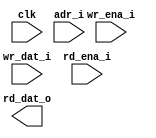
module ram_sp_384x32 (
  // global
  clk         ,
  // address
  adr_i       ,
  // write
  wr_ena_i    ,
  wr_dat_i    ,
  // read
  rd_ena_i    ,
  rd_dat_o
);

//*** PARAMETER ****************************************************************


//*** INPUT/OUTPUT *************************************************************

  // global
  input               clk         ;
  // address
  input  [9 -1 :0]    adr_i       ;
  // write
  input               wr_ena_i    ;
  input  [32-1 :0]    wr_dat_i    ;
  // read
  input               rd_ena_i    ;
  output [32-1 :0]    rd_dat_o    ;


//*** WIRE/REG *****************************************************************


//*** MAIN BODY ****************************************************************

  wire cen_w    = !(wr_ena_i || rd_ena_i) ;
  wire wr_ena_w = !wr_ena_i ;

`ifdef RTL_MODEL

  sram_sp_be_behave #(
    .ADR_WD    ( 9           ),
    .DAT_WD    ( 32          ),
    .COL_WD    ( 32          )
  ) sram_sp_be_behave(
    .clk       ( clk         ),
    .adr       ( adr_i       ),
    .wr_ena    ( wr_ena_i    ),
    .wr_dat    ( wr_dat_i    ),
    .rd_ena    ( rd_ena_i    ),
    .rd_dat    ( rd_dat_o    )
    );

`endif

`ifdef XM_MODEL 
  rfsphd_384x32 u_rfsphd_384x32(
      .Q      ( rd_dat_o          ), // output data 
      .CLK    ( clk               ), // clk 
      .CEN    ( cen_w             ), // low active 
      .WEN    ( wr_ena_w          ), // low active 
      .A      ( adr_i             ), // address 
      .D      ( wr_dat_i          ), // input data 
      .EMA    ( 3'b1 ),  
      .EMAW   ( 2'b0 ),
      .RET1N  ( 1'b1 ) 
    );

`endif

endmodule